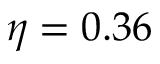
\eta = 0 . 3 6